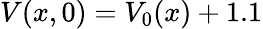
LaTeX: V(x,0)=V_{0}(x)+1.1